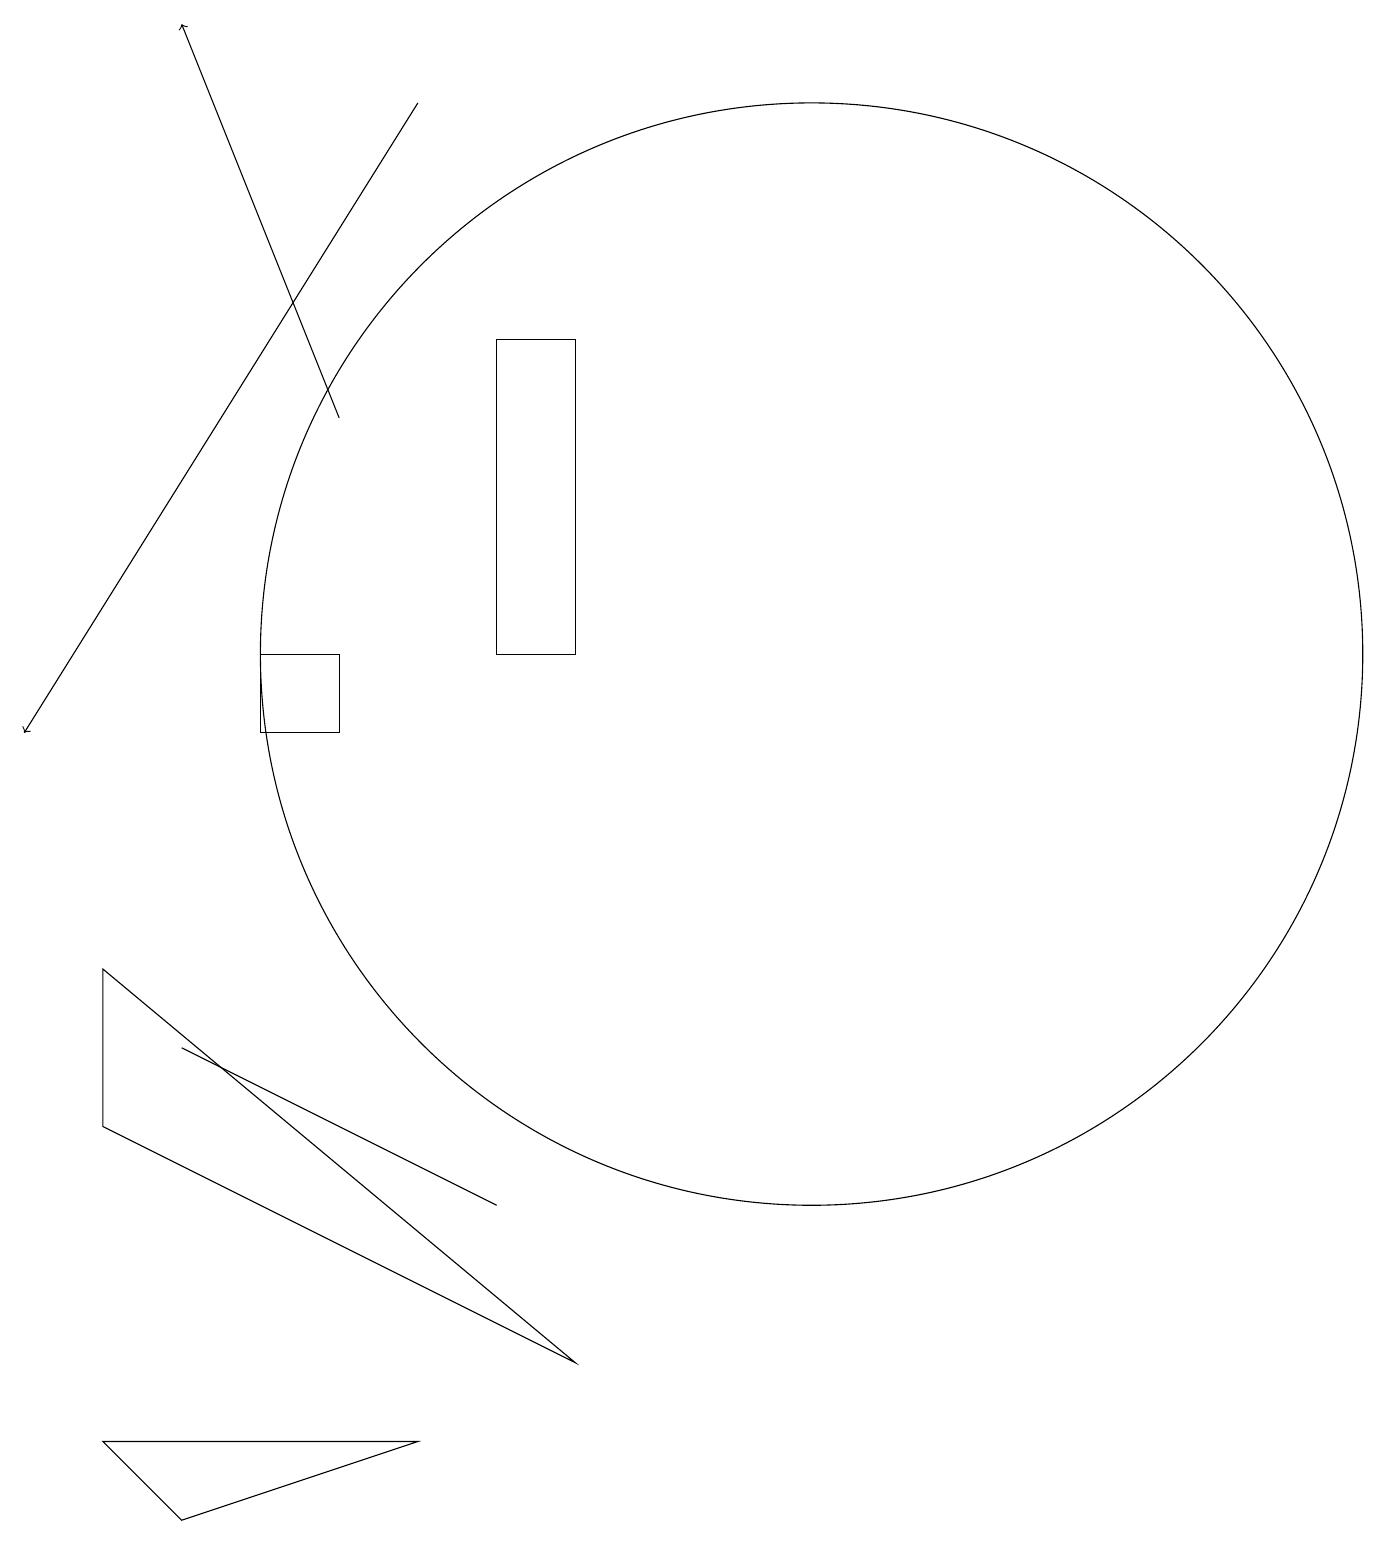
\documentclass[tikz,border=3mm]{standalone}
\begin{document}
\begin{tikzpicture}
\draw (11,11) circle (7);
\draw[->] (5,14) -- (3,19);
\draw (2,7) -- (2,5) -- (8,2) -- cycle;
\draw (7,4) -- (3,6) -- (3,6) -- cycle;
\draw (6,1) -- (3,0) -- (2,1) -- cycle;
\draw (5,11) rectangle (4,10);
\draw (7,11) rectangle (8,15);
\draw[->] (6,18) -- (1,10);
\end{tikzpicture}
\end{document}